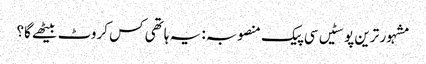
مشہور ترین پوسٹیں	سی پیک منصوبہ: یہ ہاتھی کس کروٹ بیٹھے گا؟